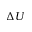
\Delta U